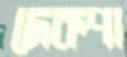
দেকপা